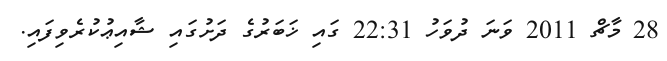
28 މާޗް 2011 ވަނަ ދުވަހު 22:31 ގައި ޚަބަރުގެ ދަށުގައި ޝާއިޢުކުރެވިފައި.